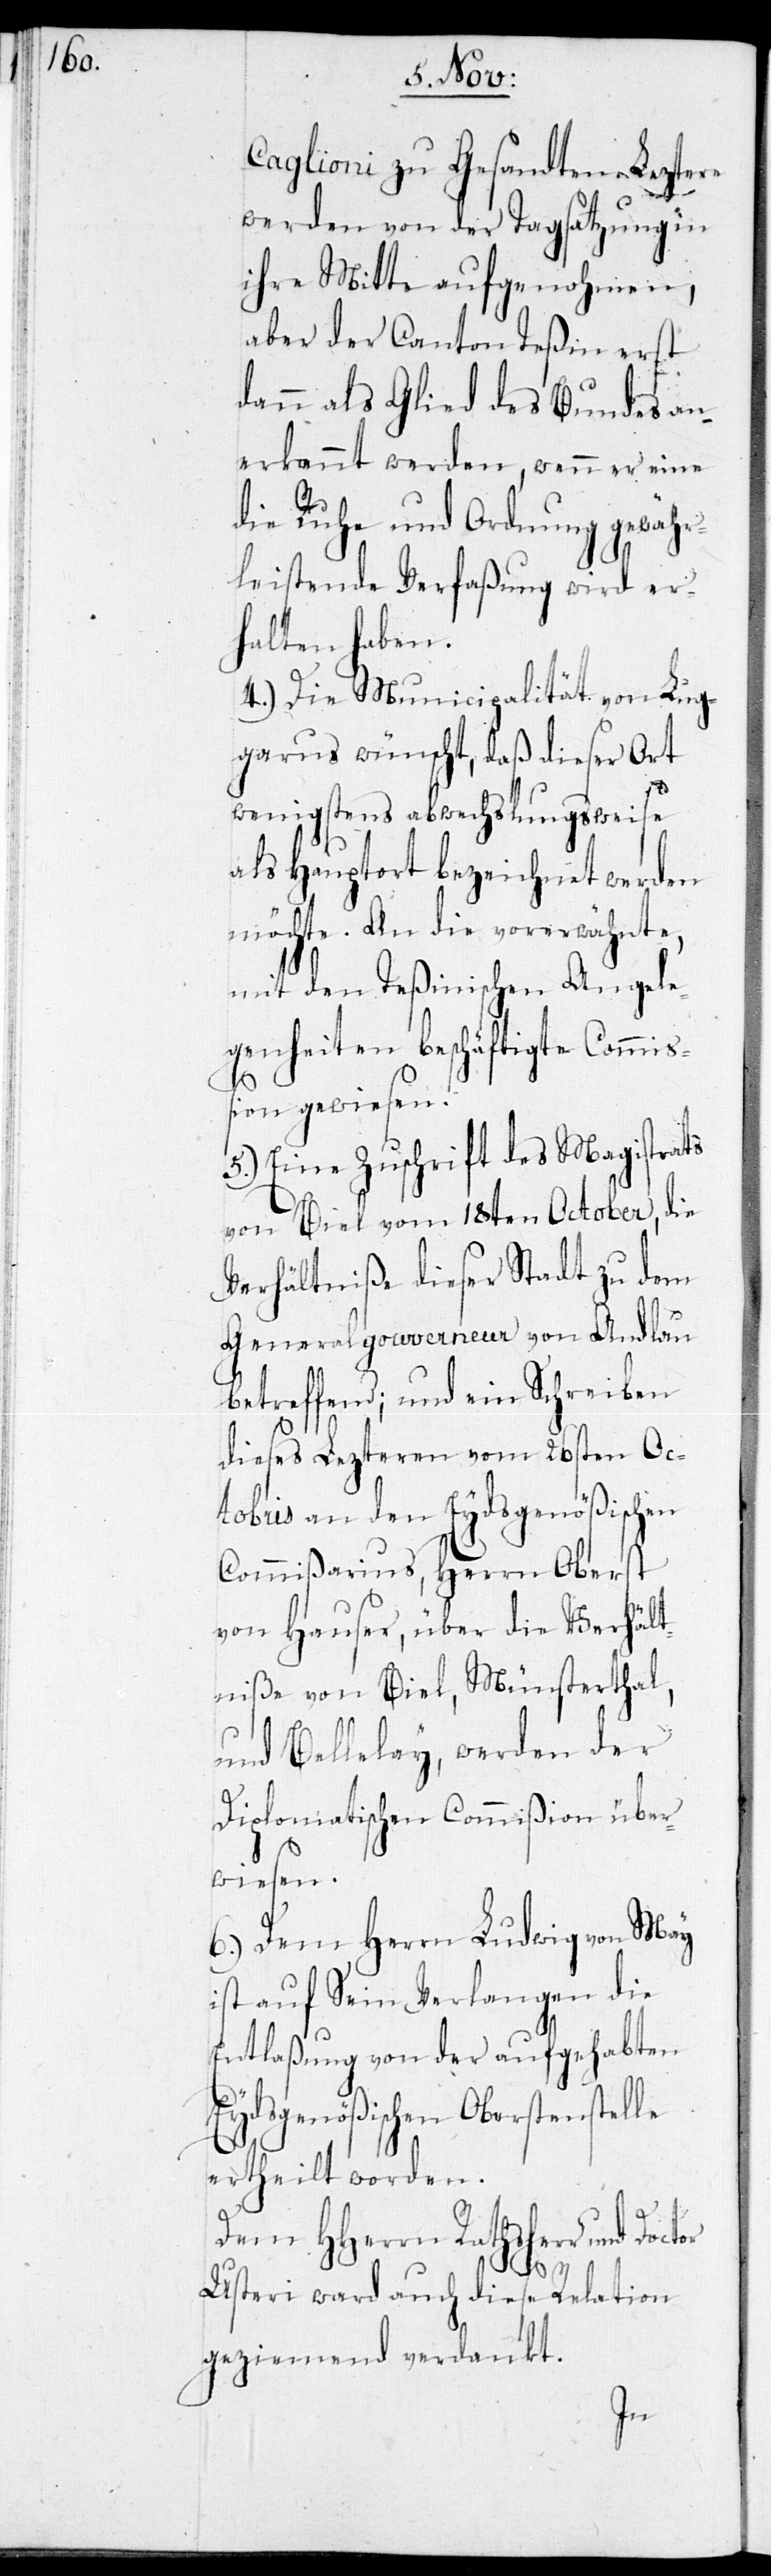
Caglioni zu Gesandten. Leztere
werden von der Tagsatzung in
ihre Mitte aufgenohmen,
aber der Canton Teßin erst
dann als Glied des Bundes an¬
erkannt werden, wenn er eine
die Ruhe und Ordnung gewähr¬
leistende Verfaßung wird er¬
halten haben.
4.) Die Municipalität von Loc¬
arno wünscht, daß dieser Ort
wenigstens abwechslungsweise
als Hauptort bezeichnet werden
möchte. An die vorerwähnte,
mit den Teßinischen Angele¬
genheiten beschäftigte Commiß¬
ion gewiesen.
5.) Eine Zuschrift des Magistrats
von Biel vom 18ten October, die
Verhältniße dieser Stadt zu dem
Generalgouverneur von Andlau
betreffend; und ein Schreiben
dieses Lezteren vom 26sten Oc¬
tobris an den Eydsgenößischen
Commißarius, Herrn Oberst
von Hauser, über die Verhält¬
niße von Biel, Münsterthal,
und Bellelay, werden der
Diplomatischen Commißion über¬
wiesen.
6.) Dem Herrn Ludwig von May
ist auf Sein Verlangen die
Entlaßung von der aufgehabten
Eydsgenößischen Oberstenstelle
ertheilt worden.
Dem HHerrn Rathsherr und
Usteri ward auch diese Relation
geziemend verdankt.